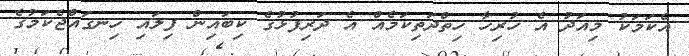
އެކަމަކު މިއަދު އެ ހުރިހާ ހިތްދަތިކަމެއް އެ ދަރިފުޅުގެ ކިބައިން ފިލައި ހިނގައްޖެކަމުގެ